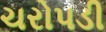
ચરોપડી